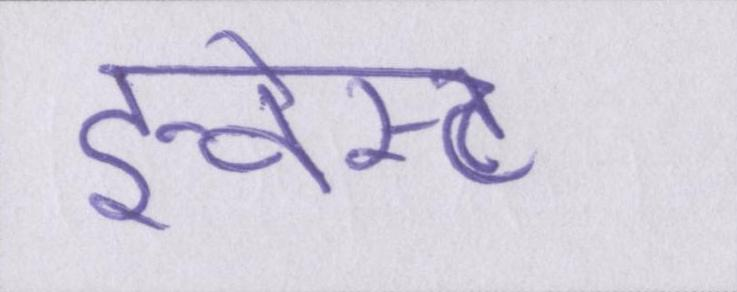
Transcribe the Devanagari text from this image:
इन्वेस्ट